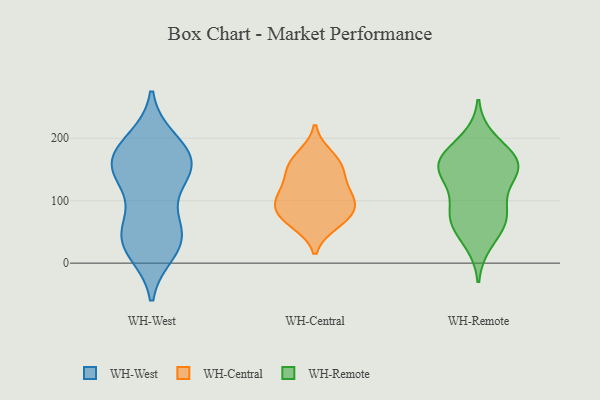
{"axis": {"x": "Net Income (USD K)", "y": "Value"}, "legend": ["WH-Central", "WH-Remote", "WH-West"], "data": [{"x": "", "y": 43, "type": "WH-West"}, {"x": "", "y": 65, "type": "WH-West"}, {"x": "", "y": 197, "type": "WH-West"}, {"x": "", "y": 150, "type": "WH-West"}, {"x": "", "y": 147, "type": "WH-West"}, {"x": "", "y": 158, "type": "WH-West"}, {"x": "", "y": 121, "type": "WH-West"}, {"x": "", "y": 194, "type": "WH-West"}, {"x": "", "y": 62, "type": "WH-West"}, {"x": "", "y": 174, "type": "WH-West"}, {"x": "", "y": 144, "type": "WH-West"}, {"x": "", "y": 172, "type": "WH-West"}, {"x": "", "y": 28, "type": "WH-West"}, {"x": "", "y": 25, "type": "WH-West"}, {"x": "", "y": 18, "type": "WH-West"}, {"x": "", "y": 157, "type": "WH-West"}, {"x": "", "y": 44, "type": "WH-West"}, {"x": "", "y": 115, "type": "WH-Central"}, {"x": "", "y": 72, "type": "WH-Central"}, {"x": "", "y": 96, "type": "WH-Central"}, {"x": "", "y": 172, "type": "WH-Central"}, {"x": "", "y": 64, "type": "WH-Central"}, {"x": "", "y": 103, "type": "WH-Central"}, {"x": "", "y": 158, "type": "WH-Central"}, {"x": "", "y": 153, "type": "WH-Central"}, {"x": "", "y": 95, "type": "WH-Central"}, {"x": "", "y": 135, "type": "WH-Central"}, {"x": "", "y": 74, "type": "WH-Central"}, {"x": "", "y": 34, "type": "WH-Remote"}, {"x": "", "y": 121, "type": "WH-Remote"}, {"x": "", "y": 76, "type": "WH-Remote"}, {"x": "", "y": 161, "type": "WH-Remote"}, {"x": "", "y": 165, "type": "WH-Remote"}, {"x": "", "y": 76, "type": "WH-Remote"}, {"x": "", "y": 76, "type": "WH-Remote"}, {"x": "", "y": 149, "type": "WH-Remote"}, {"x": "", "y": 154, "type": "WH-Remote"}, {"x": "", "y": 150, "type": "WH-Remote"}, {"x": "", "y": 197, "type": "WH-Remote"}, {"x": "", "y": 165, "type": "WH-Remote"}, {"x": "", "y": 64, "type": "WH-Remote"}]}